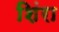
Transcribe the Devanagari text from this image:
शिंरा